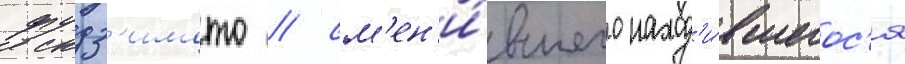
фудз'имото / см'ен'и́вшего наход'и́вшегос'я